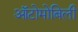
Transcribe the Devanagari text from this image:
ऑटोमोबिली